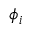
\phi _ { i }